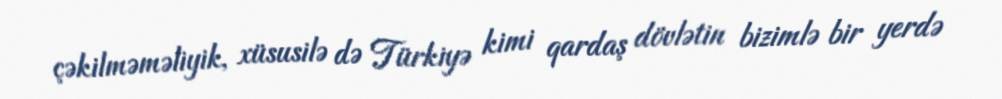
çəkilməməliyik, xüsusilə də Türkiyə kimi qardaş dövlətin bizimlə bir yerdə